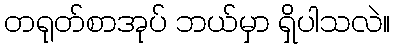
တရုတ်စာအုပ် ဘယ်မှာ ရှိပါသလဲ။